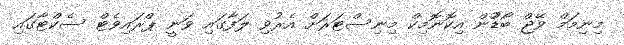
މިނިމަމް ވޭޖް ބޯޑުުން އިކޮނޮމިކް މިނިސްޓަރަށް އެރުވި ލަފާގައި ވަނީ ޕްރައިވެޓް ސެކްޓާގައި